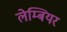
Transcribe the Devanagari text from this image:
लेम्बियर